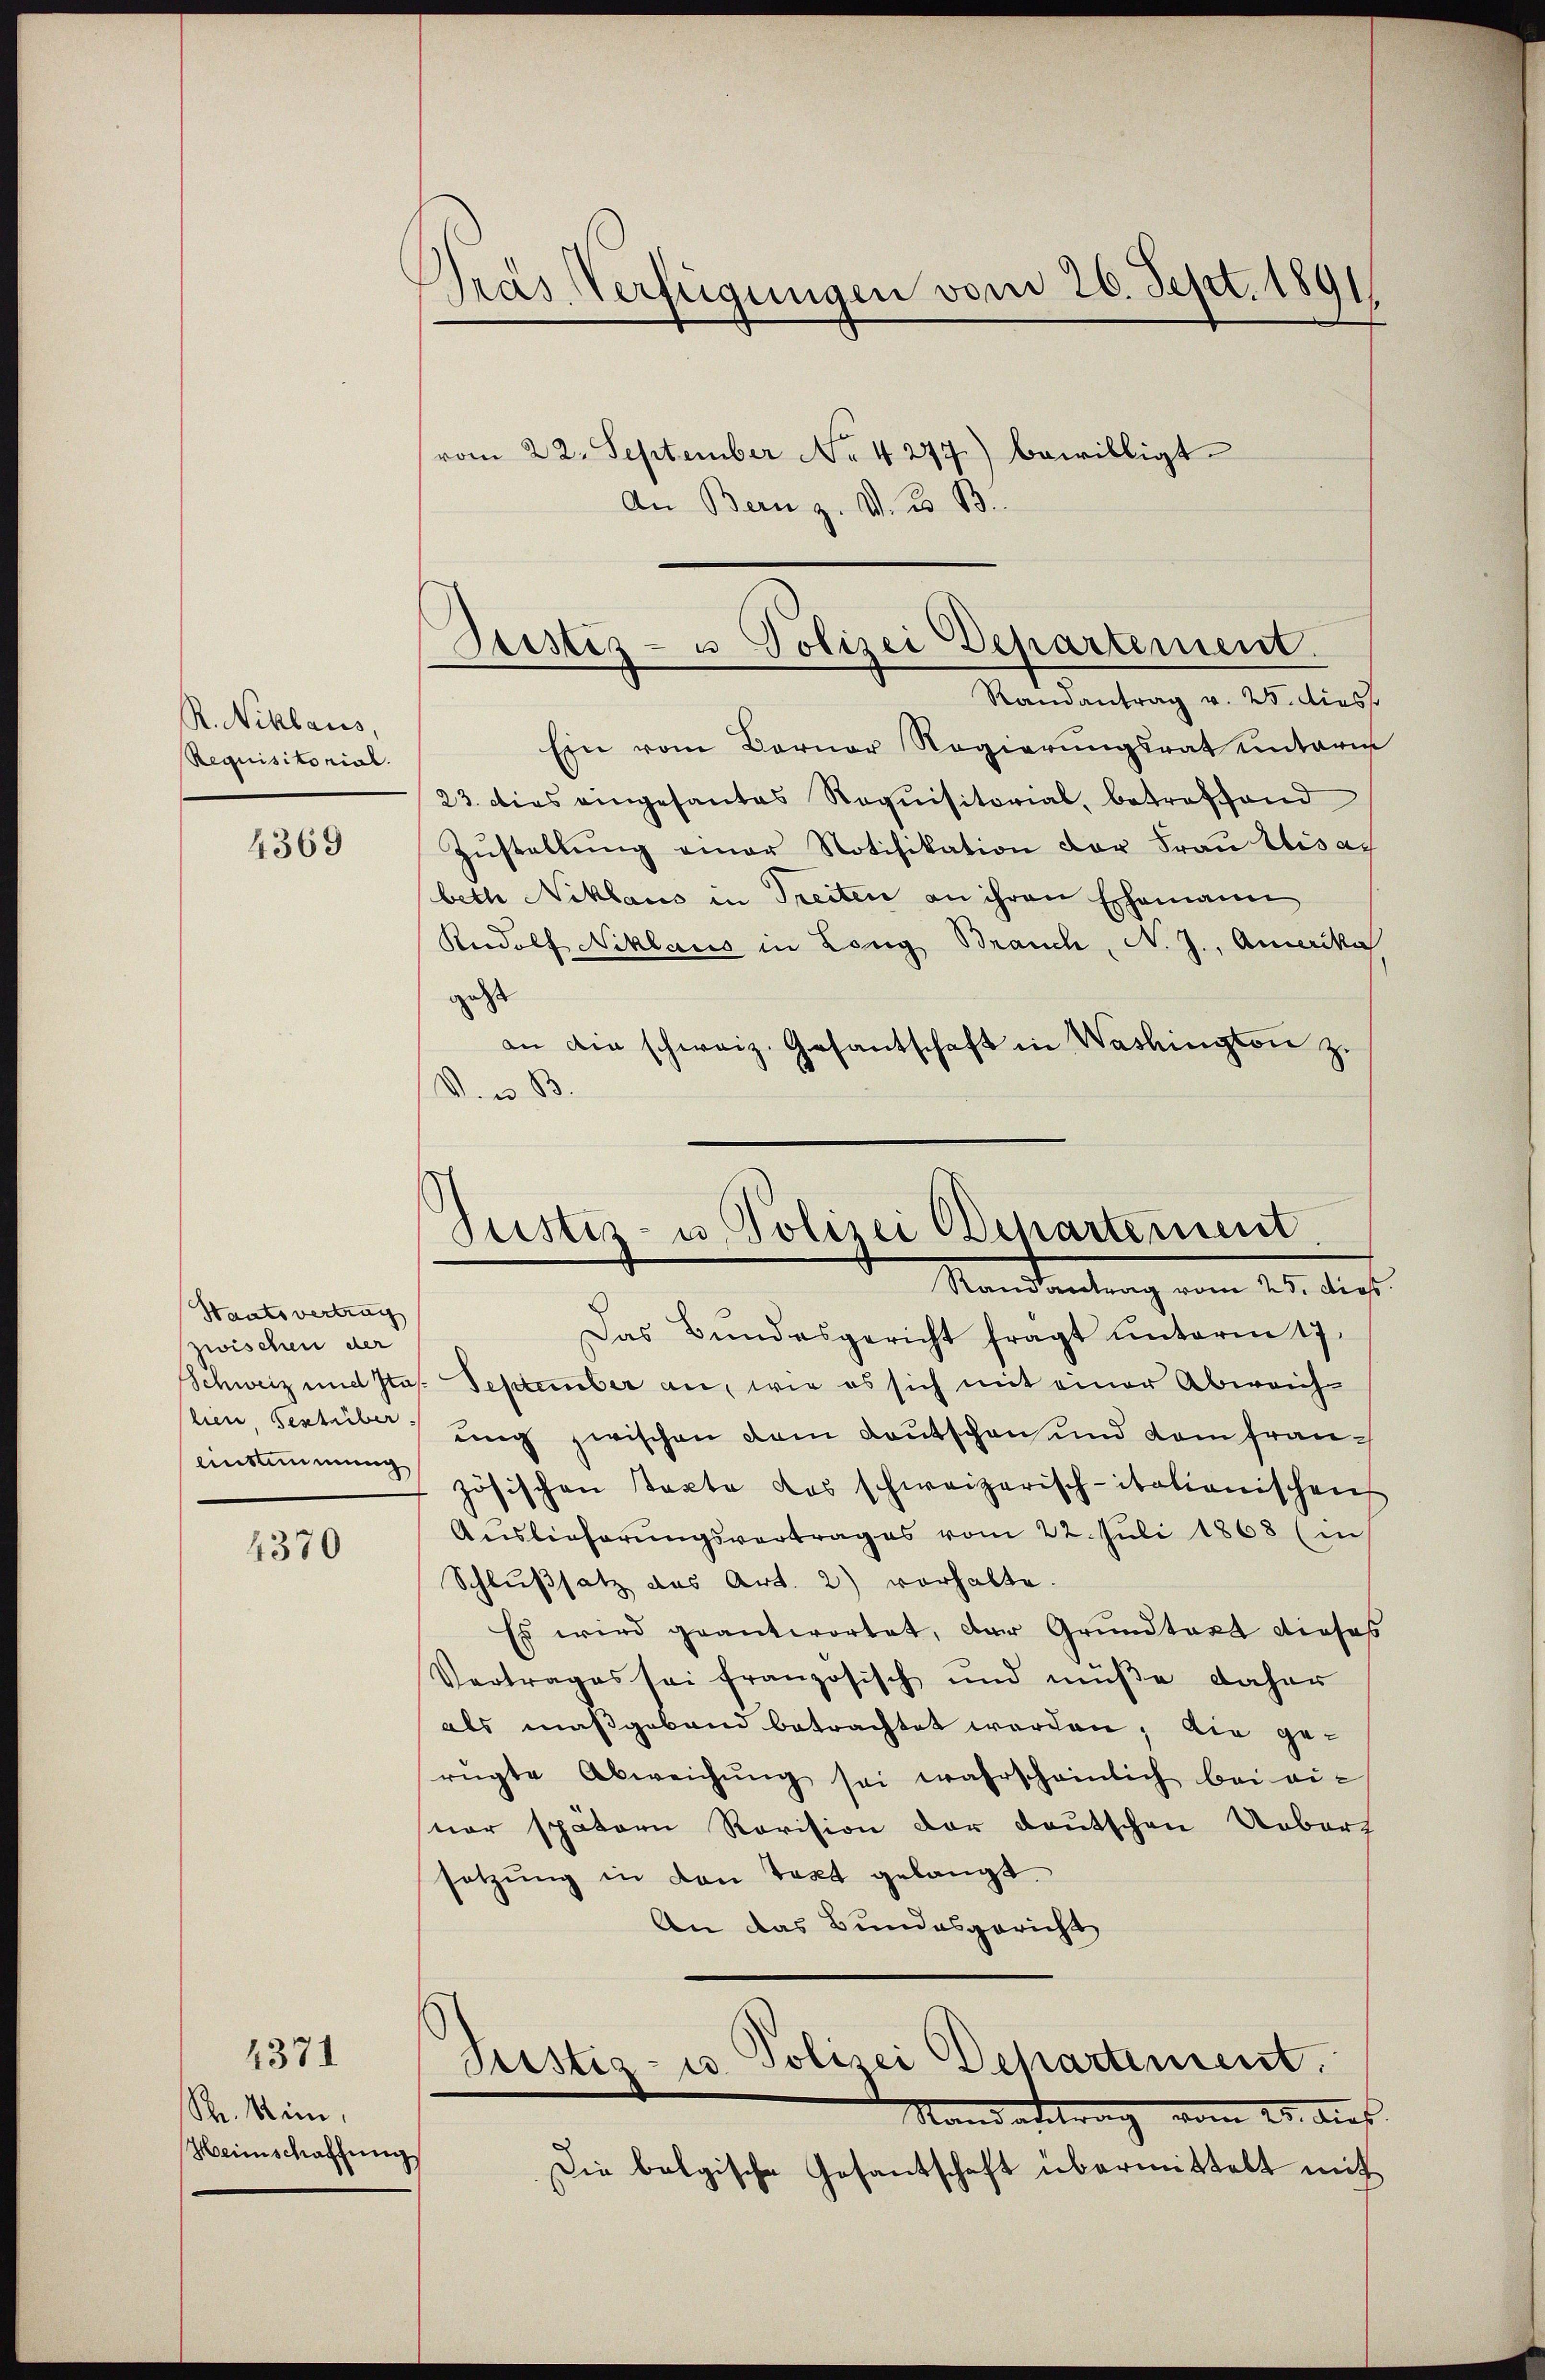
R. Niklaus,
Requisitorial.
4369

Staatsvertrag
zwischen der
einstimmung

4370

R. Nein,
Heimschaffung

1371

Pras Verfügungen vom 26. Sept. 1891/

Destiz- u Polizei Departement.

Justiz- u Polizei Ochartement
Mandantung vom 15. dest

vom 22. September No. 4277.) bewilligt
An Bern z. V. B. B
Randantrag v. 25. diess
Ein vom Berner Regierŭngsrat unterm
23. dies eingesantes Requisitorial, betreffend
Zustellung einer Notifikation der Frau Lisach
beth Niklaus in Treiten an ihren Ehemann
Rudolf Niklaus in Long Brauch, N. J., Amerika
gest
an die schweiz. Gesantschaft in Washington zu
V. u. B.
Das Bundesgericht fragt unterm 17.
Schweiz und Itas. September an, wie es sich mit einer Abweich-
lien, Senteilung zwischen dem Lautschen und dem französischen Texte das schweizerisch-itationischen
Auslieferŭngsvertrages vom 22. Juli 1868 (in
Schlußsatz des Art. 2) vorhalte.
Es wird geantwortet, der Grundtact dieses
Vertrages sei französisch und müße daher
als maßgeband betrachtet werden, die ge-
rügte Abweichŭng sei wahrscheinlich bei einer spätern Revision der deutschen Ueberf
setzung in den Text gelangt.
An das Bundesgericht
Justiz- u. Polizei Departement.
Randantrag vom 25. Aus
Die belgische Gesantschaft übermittelt mit